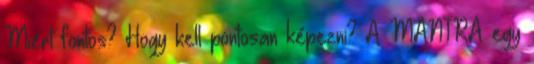
Miért fontos? Hogy kell pontosan képezni? A MANTRA egy